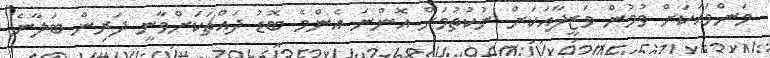
މަންމައަކަށް ވުމުން ވަޒީފާއަކަށް ނުކުތުމަށް އޮންނަ އެންމެ ބޮޑު ދައްޗަކަށްވާނީ ދަރިން ބަލާނެ